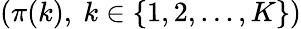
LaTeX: \left(\pi(k),\ k\in\{ 1,2,...,K\} \right)